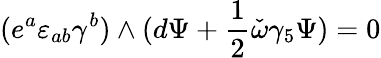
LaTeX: (e^{a}\varepsilon_{ab}\gamma^{b})\wedge(d\Psi+{\frac{1}{2}}\check{\omega}\gamma_{5}\Psi)=0